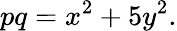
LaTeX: pq=x^{2}+5y^{2}.